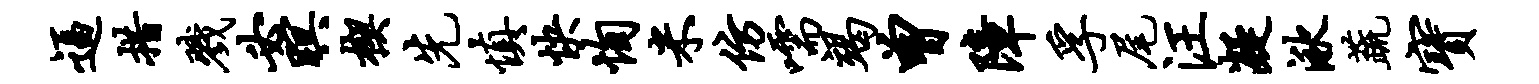
逼措戮必暝楔先慎快恂米仿嚅竭曾障孚尾汪凝湫蔬宝